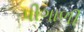
પીગાળી